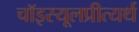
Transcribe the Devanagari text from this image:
चॉइस्यूलप्रीत्यर्थ